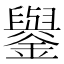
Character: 𨮖